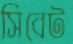
সিবেট